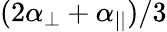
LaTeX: (2\alpha_{\perp}+\alpha_{||})/3